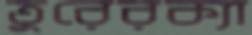
তুরেরক্যা